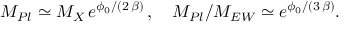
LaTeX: M _ { P l } \simeq M _ { X } \, e ^ { \phi _ { 0 } / ( 2 \, \beta ) } \, , \quad M _ { P l } / M _ { E W } \simeq e ^ { \phi _ { 0 } / ( 3 \, \beta ) } .